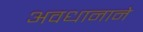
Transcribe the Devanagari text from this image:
अवधानाने